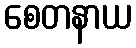
စေတနာယ